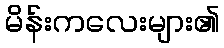
မိန်းကလေးများ၏